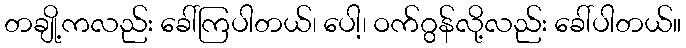
တချို့ကလည်း ခေါ်ကြပါတယ်၊ ပေါ့၊ ဝက်ဂွန်လို့လည်း ခေါ်ပါတယ်။